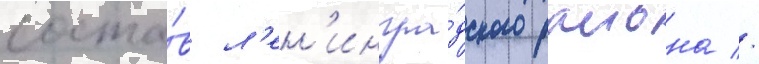
соста́в л'ен'ингра́дского раиона //